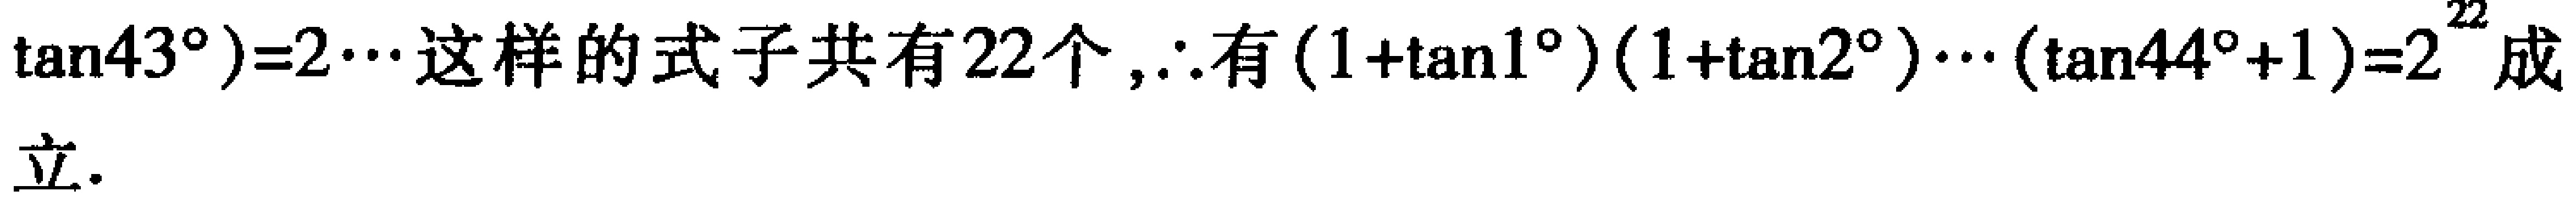
$\tan43^{\circ}) = 2\cdots 这样的式子共有22个,\therefore 有(1 + \tan1^{\circ})(1 + \tan2^{\circ})\cdots(\tan44^{\circ}+1)=2^{22}成$立.